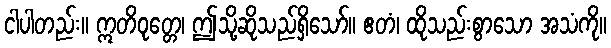
ငါပါတည်း။ ဣတိဝုတ္တေ၊ ဤသို့ဆိုသည်ရှိသော်။ ဧတံ၊ ထိုသည်းစွာသော အသံကို။